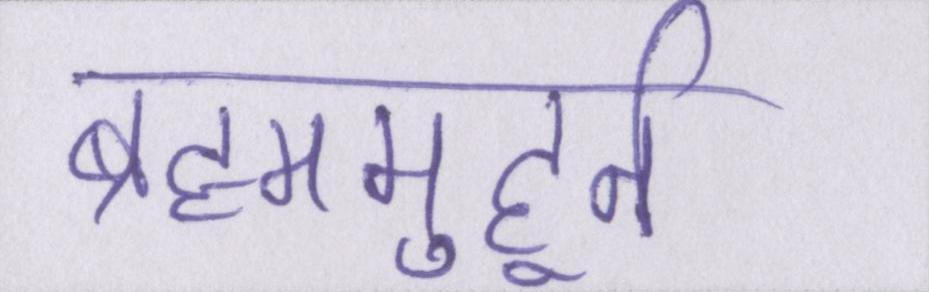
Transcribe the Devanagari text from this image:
ब्रह्ममुहूर्त